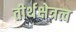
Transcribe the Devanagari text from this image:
तीर्थक्षेत्रत्व